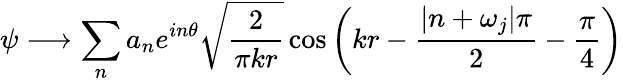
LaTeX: \psi\longrightarrow\sum_{n}a_{n}e^{in\theta}\sqrt{\frac{2}{\pi kr}}\cos\left(kr-\frac{|n+\omega_{j}|\pi}{2}-\frac{\pi}{4}\right)